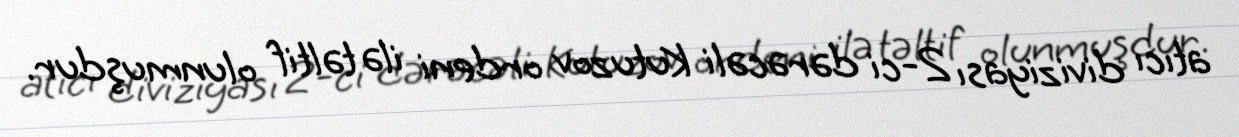
atıcı diviziyası 2-ci dərəcəli Kutuzov ordeni ilə təltif olunmuşdur.